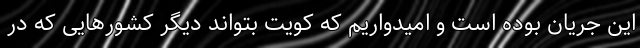
این جریان بوده است و امیدواریم که کویت بتواند دیگر کشورهایی که در